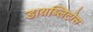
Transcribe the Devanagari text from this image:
डायब्लिटोस